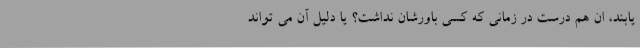
یابند، ان هم درست در زمانی که کسی باورشان نداشت؟ یا دلیل آن می تواند